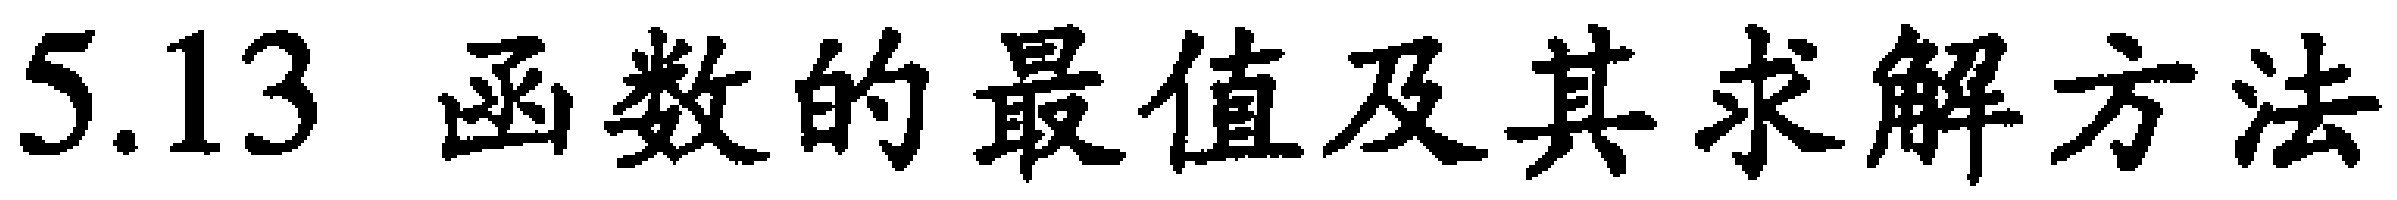
5.13 函数的最值及其求解方法